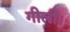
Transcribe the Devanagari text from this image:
गीली।